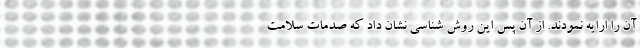
آن را ارایه نمودند. از آن پس این روش شناسی نشان داد که صدمات سلامت